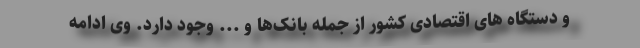
و دستگاه های اقتصادی کشور از جمله بانک‌ها و ... وجود دارد. وی ادامه